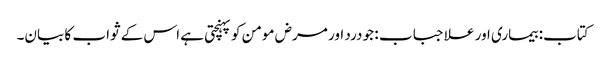
کتاب: بیماری اور علاجباب : جو درد اور مرض مومن کو پہنچتی ہے اس کے ثواب کا بیان۔